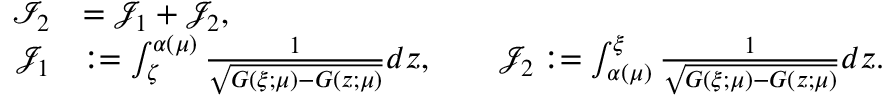
\begin{array} { r l } { { \mathcal I } _ { 2 } } & { = { \mathcal J } _ { 1 } + { \mathcal J } _ { 2 } , } \\ { { \mathcal J } _ { 1 } } & { : = \int _ { \zeta } ^ { \alpha ( \mu ) } \frac { 1 } { \sqrt { G ( \xi ; \mu ) - G ( z ; \mu ) } } d z , \qquad { \mathcal J } _ { 2 } : = \int _ { \alpha ( \mu ) } ^ { \xi } \frac { 1 } { \sqrt { G ( \xi ; \mu ) - G ( z ; \mu ) } } d z . } \end{array}